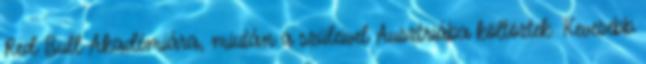
Red Bull Akadémiára, miután a szüleivel Ausztriába költöztek. Kevesebb